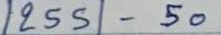
1255 - 50